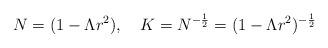
LaTeX: \begin{align*}N=(1-\Lambda r^2), \quad K=N^{-\frac{1}{2}}=(1-\Lambda r^2)^{-\frac{1}{2}}\end{align*}